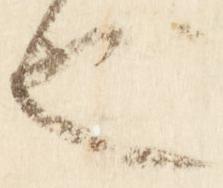
也